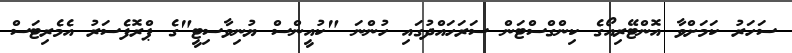
ސަހަރު ކަމަށްވާ އޮންޓޭރިއޯގެ ކިންގްސްޓަން ސަރަހައްދުގައި ހުންނަ "ކުއީންސް ޔުނިވާސިޓީ"ގެ ޕްރޮފެސަރު އެމެރިޓަސް